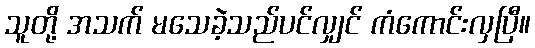
သူတို့ အသက် မသေခဲ့သည်ပင်လျှင် ကံကောင်းလှပြီ။